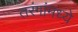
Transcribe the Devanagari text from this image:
तरंगांमध्ये